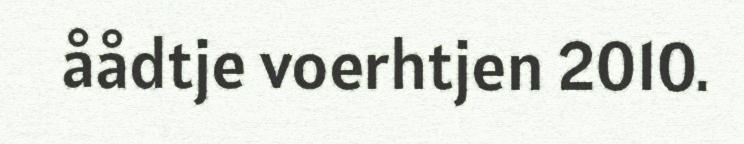
åådtje voerhtjen 2010.